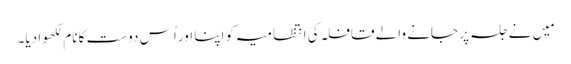
مَیں نے جلسہ پر جانے والے قافلہ کی انتظامیہ کو اپنا اور اُس دوست کا نام لکھوا دیا۔